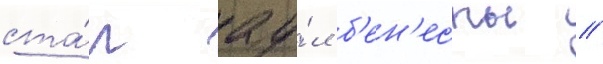
ста́л ау́л б'ен'есты //